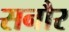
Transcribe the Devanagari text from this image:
सनौर